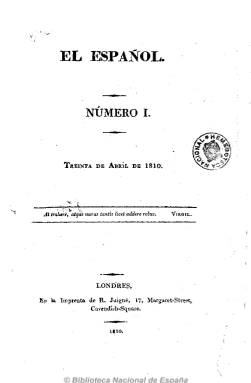
Título: El Español (Londres)
Colección: Revistas de información general
Ámbito geográfico: Gran Bretaña
Lugar de publicación: Londres
Fechas: 30/04/1810-31/05/1814

Tras refugiarse en febrero de 1810 en Inglaterra, José María Blanco White (1775-1841) publicará los 47 números de este periódico, en lengua castellana, desde abril de este año hasta junio de 1814, saliendo de la imprenta londinense de R. Juigné. María Cruz Seoane señala que, ya en su época, se concitó contra su autor “la mayor animadversión”, colgándole el sambenito de “antiespañol” y “antipatriota”, y la tradición reaccionaria, en palabras de Marcelino Menéndez y Pelayo, lo colocó como la “empresa más abominable y antipatriótica” que podría darse durante la guerra de la independencia española. A lo que se añadió un gran olvido tanto de su autor como de toda su obra.

Gómez Ímaz no duda tampoco en calificarle como “antipatriota”, pero añade que se trata de una “obra deleitosa por su estilo y de amarga doctrina, escrita bajo la protección de Inglaterra, cuando era nuestra aliada”, y ya para Seoane es un defensor de la “causa de España y la alianza con Inglaterra frente a Napoleón”, considerándosele hoy como el “principal periódico del exilio liberal español” y “bestia negra” de los absolutistas, tal como recoge Checa Godoy.

El escritor y religioso sevillano de antepasados irlandeses, José María Blanco Crespo, que cambia su segundo apellido por White, perteneció al grupo hispalense de Manuel José Quintana, Alberto Lista y Félix José Reinoso, entre otros, y ya había sido el redactor político del Semanario patriótico, antes de caer Sevilla en manos de las tropas francesas, huyendo primero a Cádiz y después refugiándose en Inglaterra, país que ya no abandonará.

En Londres editará este periódico considerado como “la más relevante crítica a las Cortes de Cádiz, pero también a las Juntas y a la Regencia, desde el liberalismo”; según Checa Godoy. La Regencia le pondrá trabas, llegando a dictar una real orden prohibiendo su circulación, y en España será duramente combatido por la reacción, que sacará periódicos sólo para atacarle, como es el caso de El español libre (Cádiz: 1813-1814).

Desde las páginas de El español, Blanco también será partidario de la autonomía de las colonias españolas en ultramar, más que de su secesión, y su ideología evolucionará hacia un liberalismo conservador influenciado por Burke, tal como aparece reflejado en el artículo que publica en el número de enero de 1813 de su periódico. En el último que publica, en junio de 1814, llegará a escribir que “el edificio que con tal estéril afán habían elevado [las Cortes de Cádiz] sobre arena, vino completamente a tierra”.

Los contenidos de este periódico son extensos artículos de carácter doctrinal, pero también históricos, políticos, filosóficos, literarios, etc., que son verdaderos ensayos, con referencia a los convulsos acontecimientos que España, Europa y América estaban viviendo, con un denominador común, el ataque ideológico a toda tiranía; acompañados de documentos, dictámenes, cartas, decretos, etc., y noticias extractadas de la actualidad tanto española como europea y americana.

Blanco White firmó los artículos con sus iniciales (B.W.) y también con el seudónimo Juan Sin Tierra. Aparecen también textos firmados por Martínez de la Rosa y Flórez Estrada.

El español tuvo una frecuencia mensual, apareciendo el último día de cada mes, en números que superan las ochenta páginas, hasta que debido al estado de salud de Blanco, los tres números que edita en 1814 tendrán una periodicidad bimensual, aumentando su paginación y correspondiendo el último a mayo-junio de este año. La colección está formada por varios tomos, con foliación continuada, y un índice de materias, al final. En 1812 apareció también una “nueva edición” del tomo I (abril-septiembre 1810), de 494 páginas, de la imprenta de Carlos Wood.